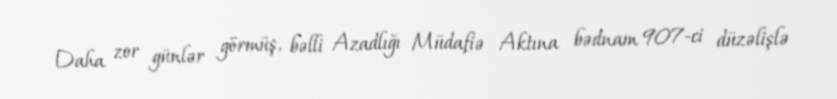
Daha zor günlər görmüş, bəlli Azadlığı Müdafiə Aktına bədnam 907-ci düzəlişlə